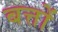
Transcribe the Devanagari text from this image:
बत्तों